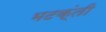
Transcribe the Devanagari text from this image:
भटक्ंती